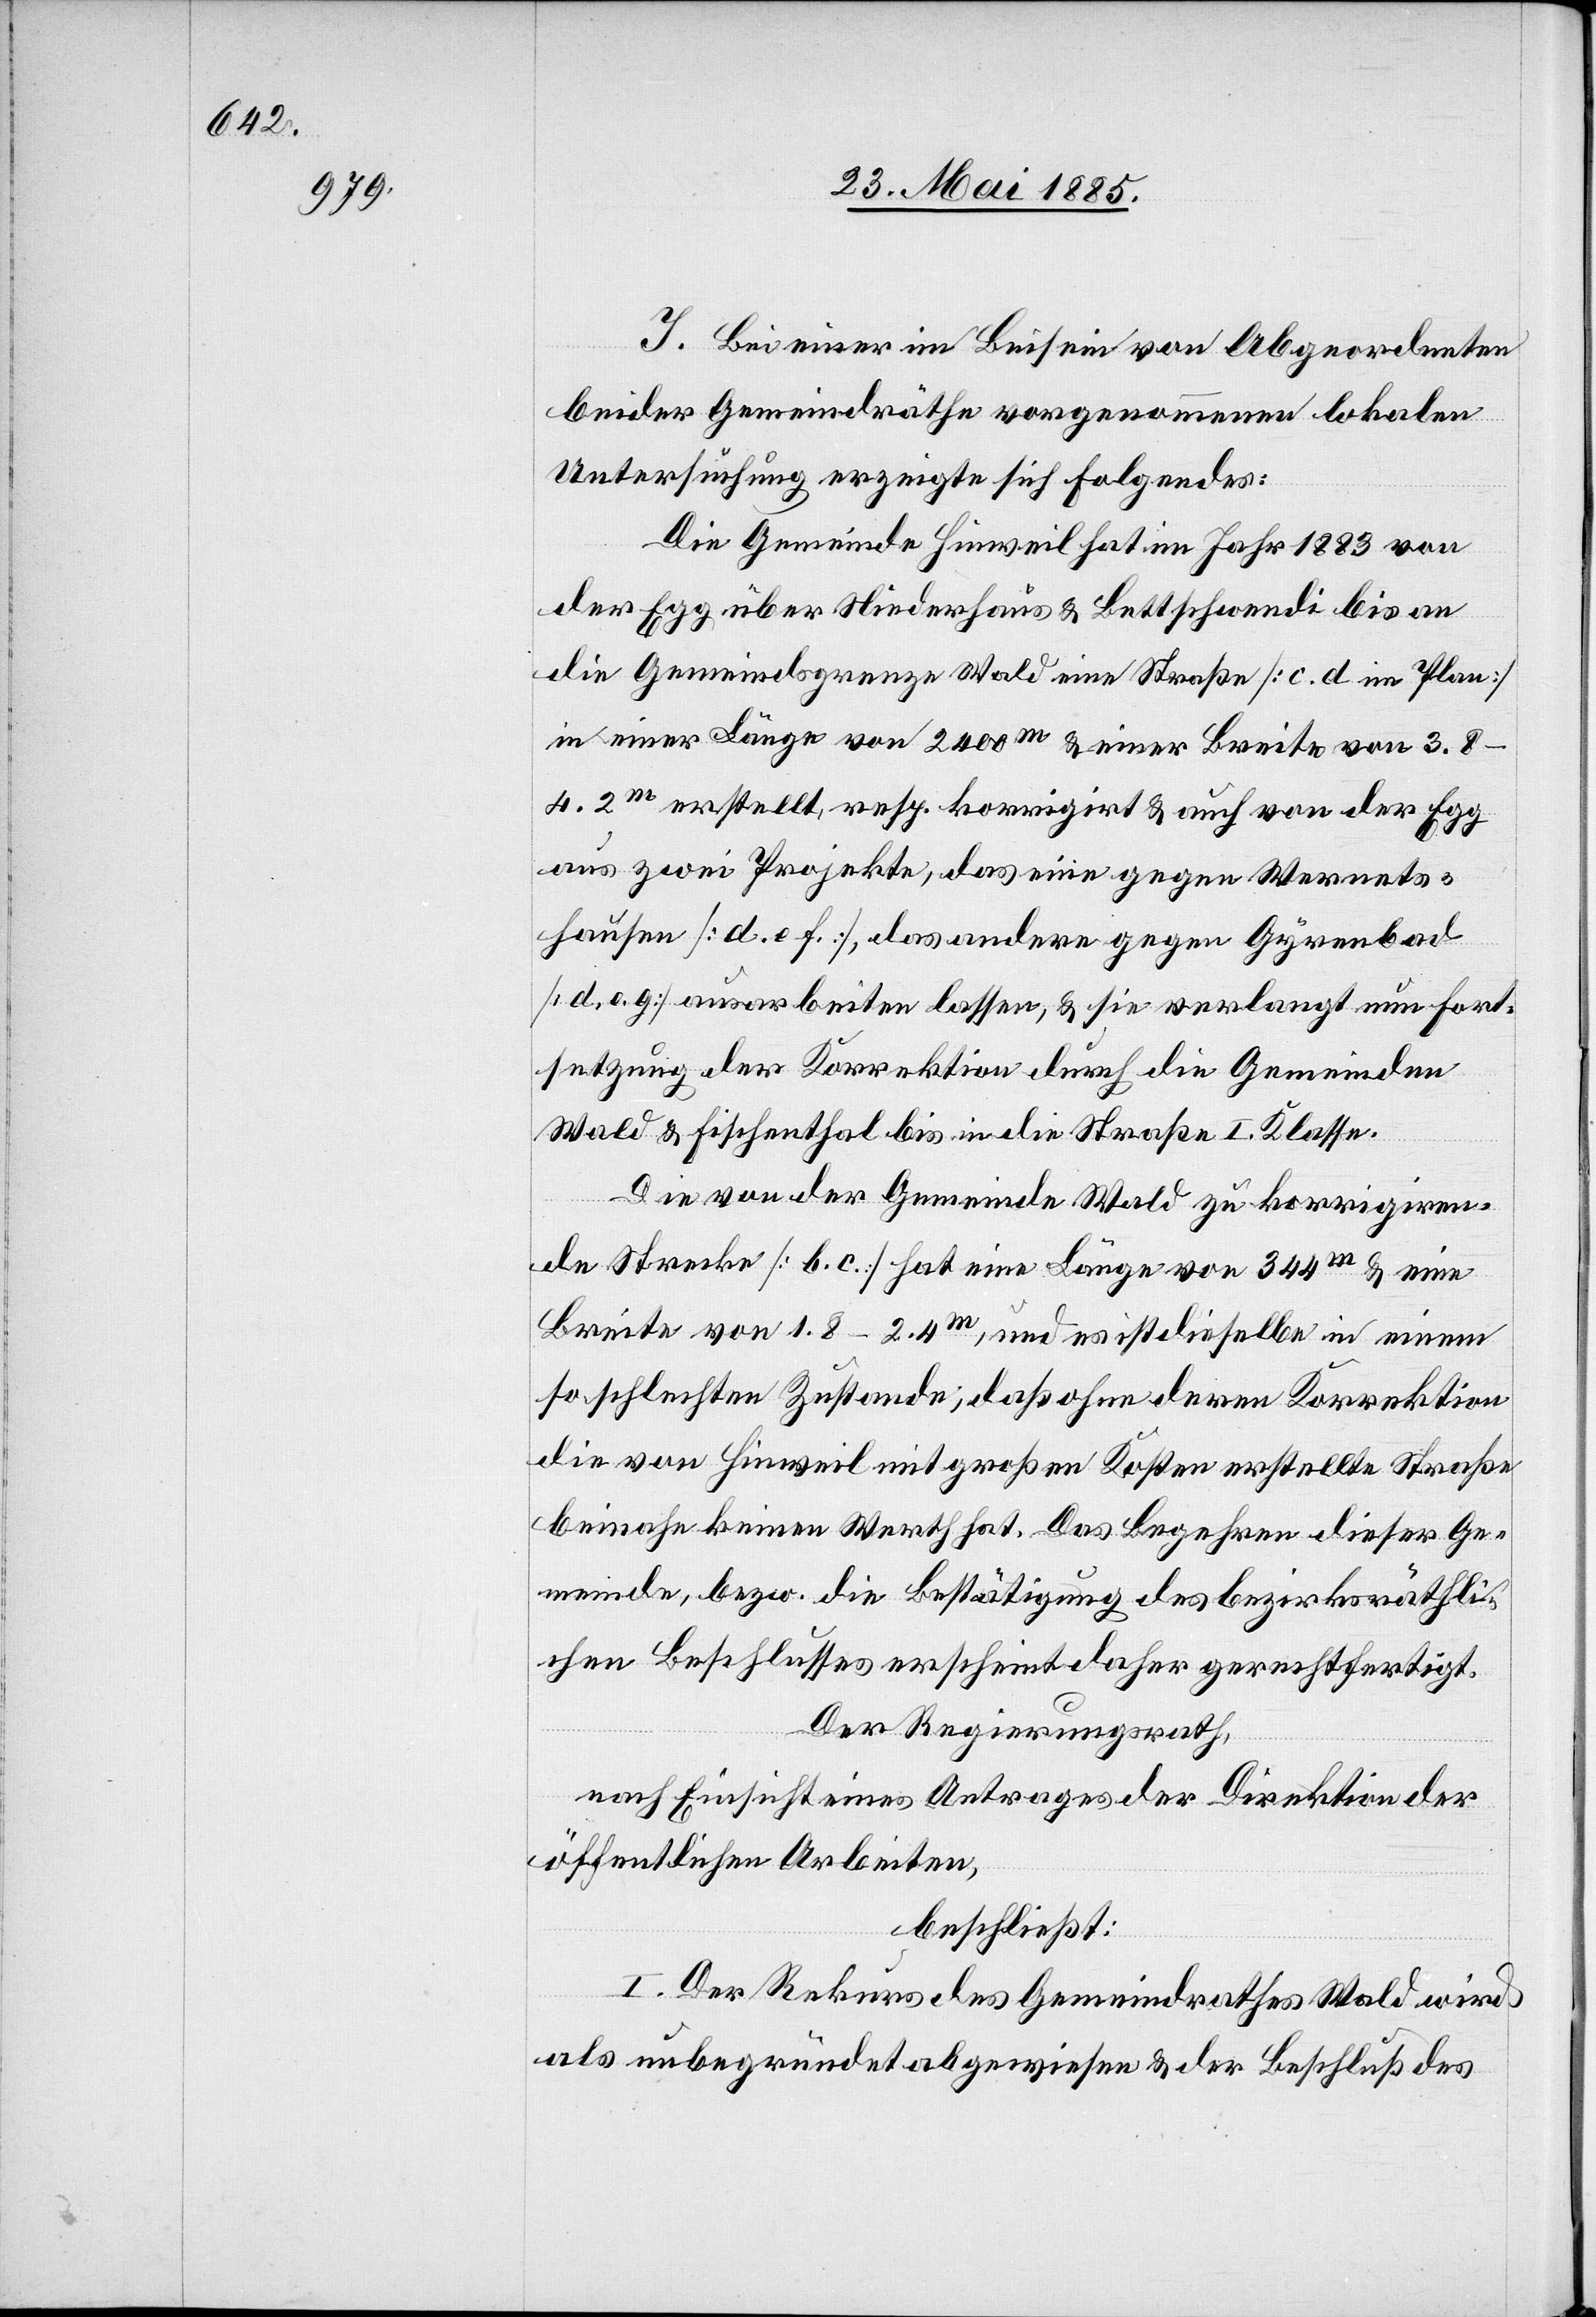
I. Bei einer im Beisein von Abgeordneten
beider Gemeindräthe vorgenommenen lokalen
Untersuchung erzeigte sich folgendes:
Die Gemeinde Hinweil hat im Jahr 1883 von
der Egg über Niederhaus & Bettschwendi bis an
die Gemeindsgrenze Wald eine Straße [c. d im Plan]
in einer Länge von 2400 m & einer Breite von 3.8–4.2
m erstellt, resp. korrigirt & auch von der Egg
aus zwei Projekte, das eine gegen Wernets¬
hausen [d. e. f.], das andere gegen Gyrenbad
[d. o. g.] ausarbeiten lassen, & sie verlangt nun Fort¬
setzung der Korrektion durch die Gemeinden
Wald & Fischenthal bis in die Straße I. Klasse.
Die von der Gemeinde Wald zu korrigiren¬
de Strecke [b. c] hat eine Länge von 344 m & eine
Breite von 1.8–2.4 m, und es ist dieselbe in einem
so schlechten Zustande, daß ohne deren Korrektion
die von Hinweil mit großen Kosten erstellte Straße
beinahe keinen Werth hat. Das Begehren dieser Ge¬
meinde, bezw. die Bestätigung des bezirksräthli¬
chen Beschlusses erscheint daher gerechtfertigt.
Der Regierungsrath,
nach Einsicht eines Antrages der Direktion der
öffentlichen Arbeiten,
beschließt:
I. Der Rekurs des Gemeindrathes Wald wird
als unbegründet abgewiesen & der Beschluß des